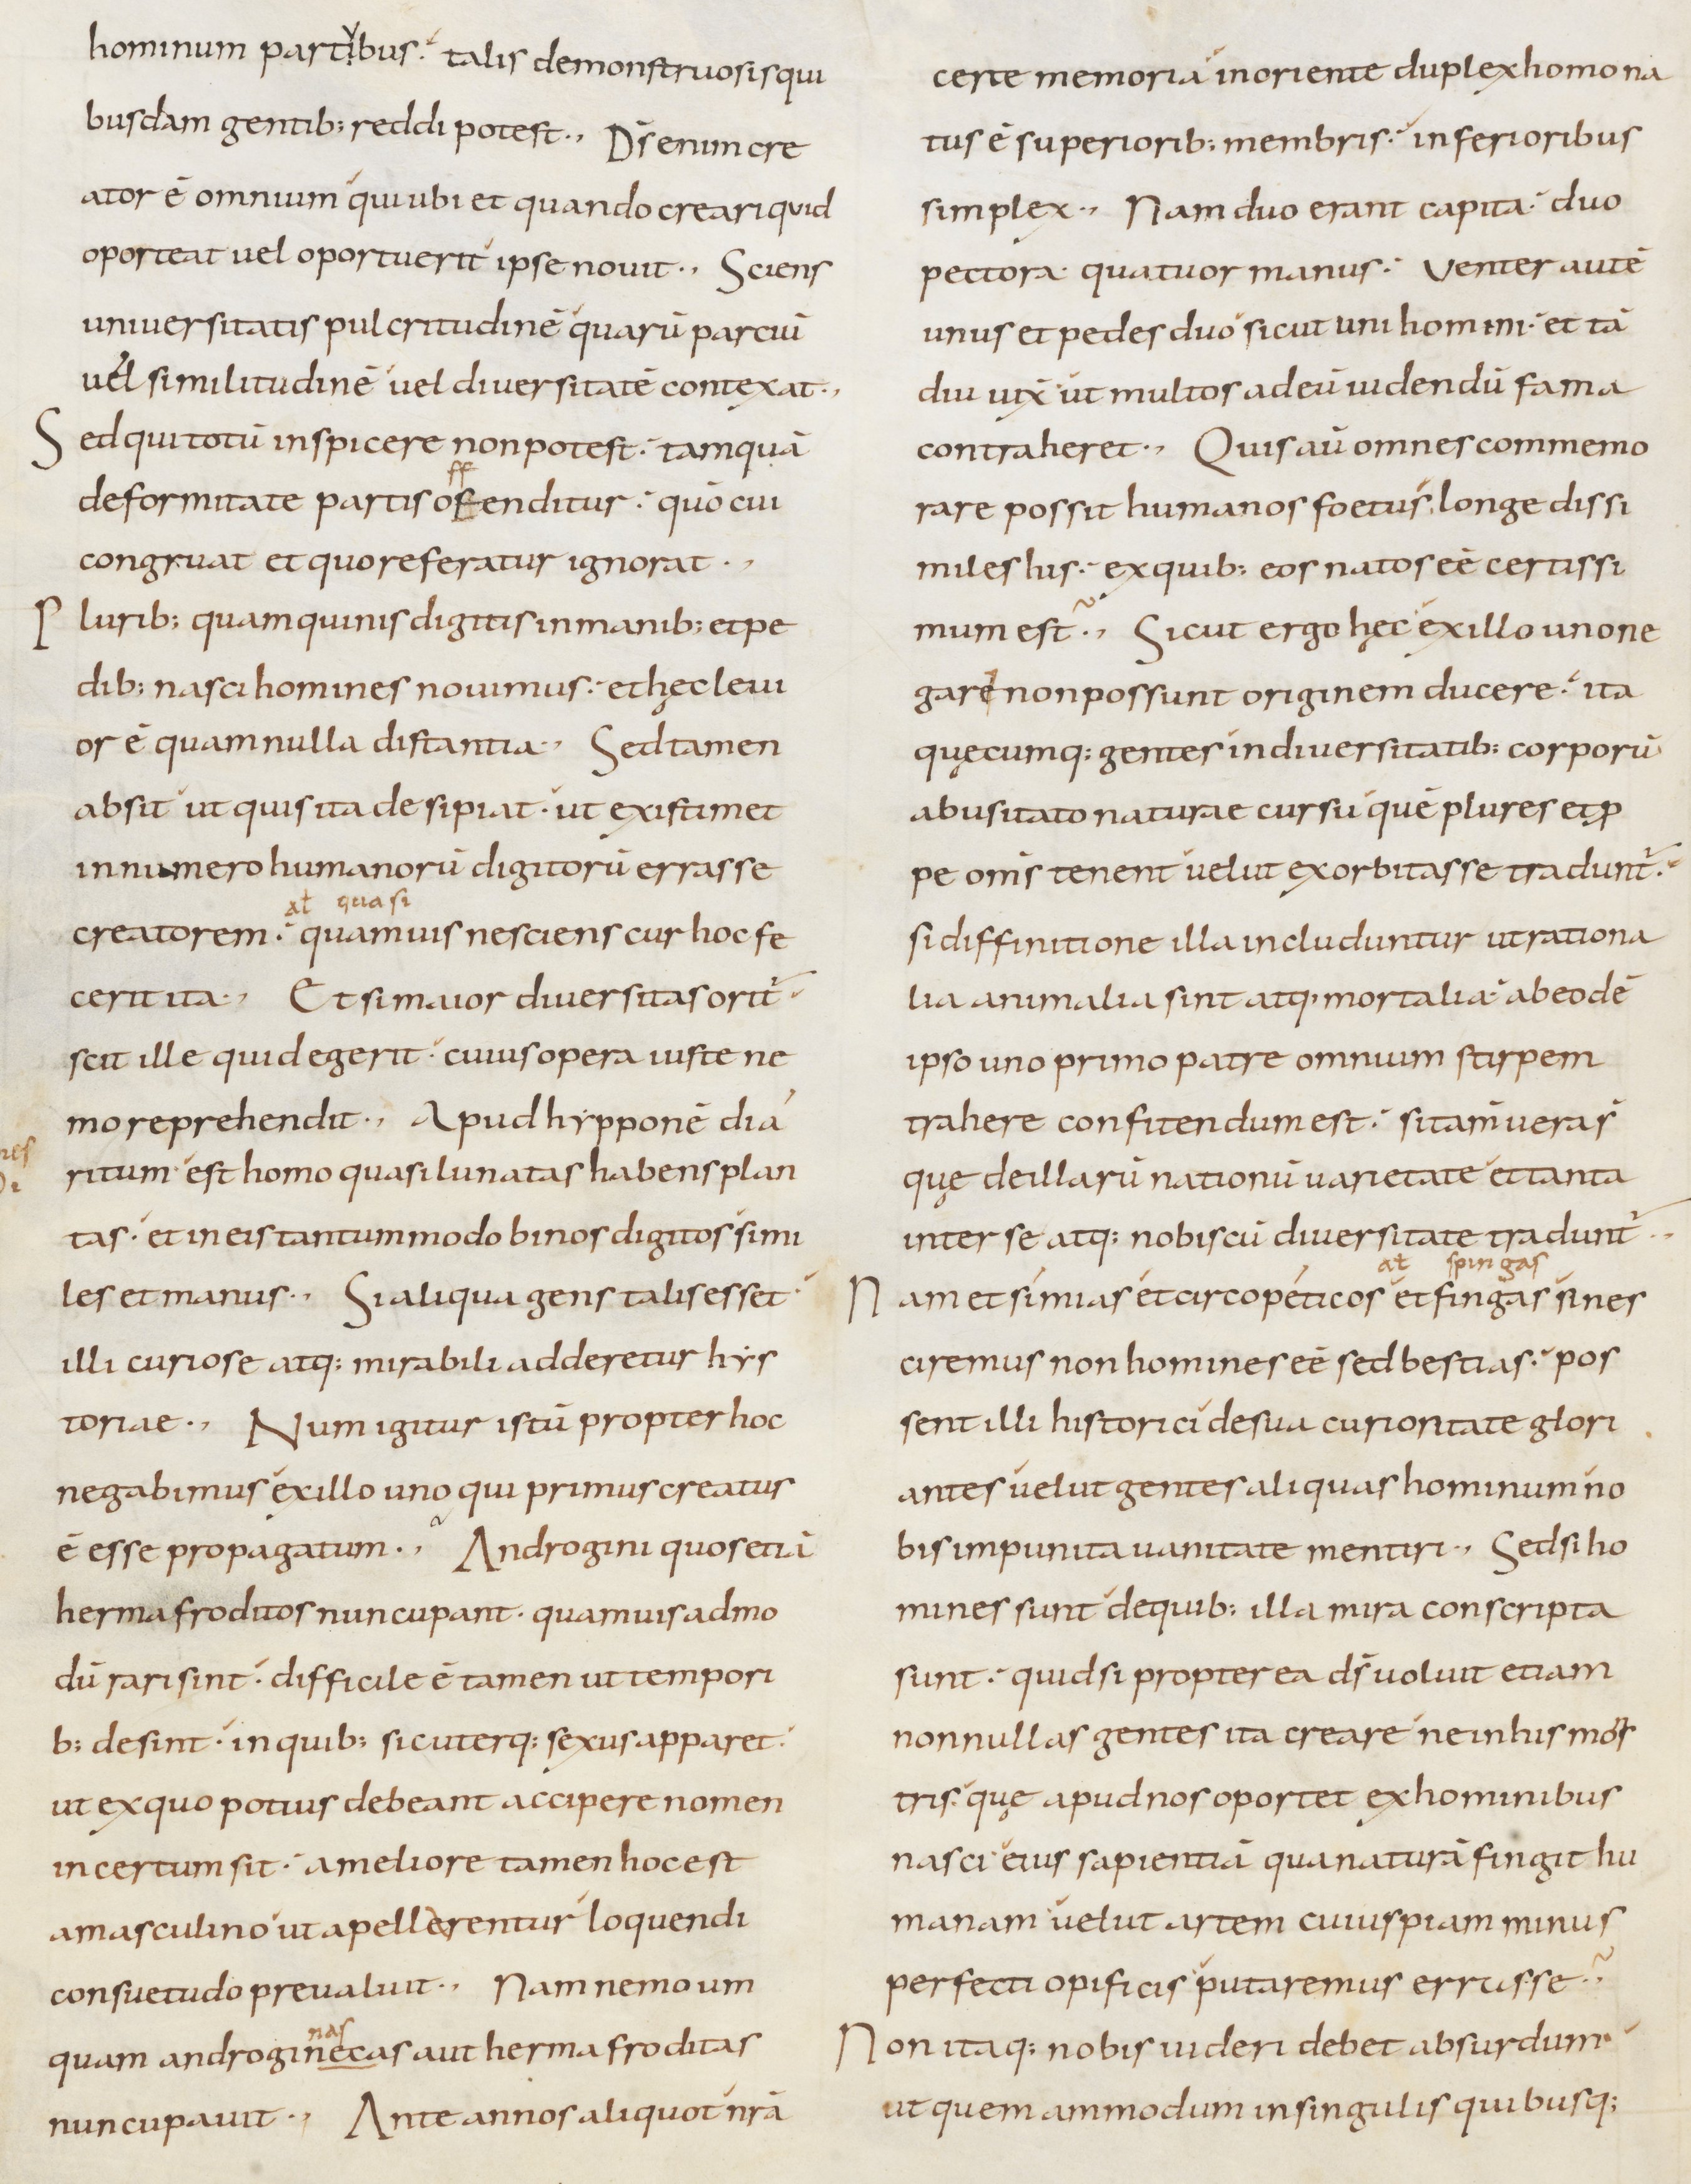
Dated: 800–899